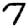
Digit: 7